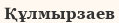
Құлмырзаев